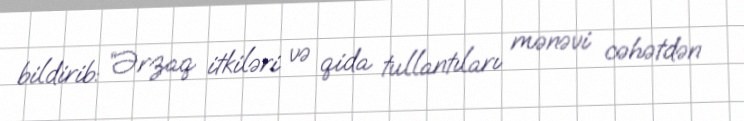
bildirib: “Ərzaq itkiləri və qida tullantıları mənəvi cəhətdən